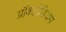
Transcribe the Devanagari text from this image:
प्रॉक्टोडियम